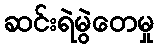
ဆင်းရဲမွဲတေမှု